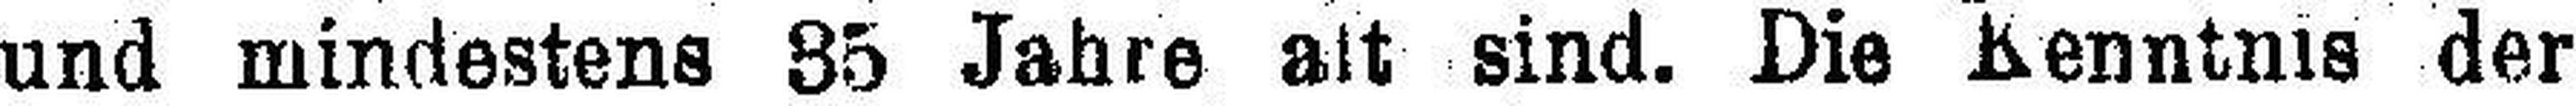
und mindestens 85 Jahre alt sind. Die Kenntnis der